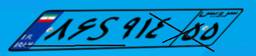
۱۱S۸۳۲۱۱